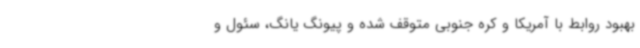
بهبود روابط با آمریکا و کره جنوبی متوقف شده و پیونگ یانگ، ‌سئول و